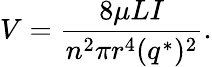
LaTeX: V={\frac{8\mu LI}{n^{2}\pi r^{4}(q^{*})^{2}}}.